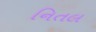
નિતલ